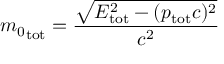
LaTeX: { m _ { 0 } } _ { \mathrm { t o t } } = { \frac { \sqrt { E _ { \mathrm { t o t } } ^ { 2 } - ( p _ { \mathrm { t o t } } c ) ^ { 2 } } } { c ^ { 2 } } }